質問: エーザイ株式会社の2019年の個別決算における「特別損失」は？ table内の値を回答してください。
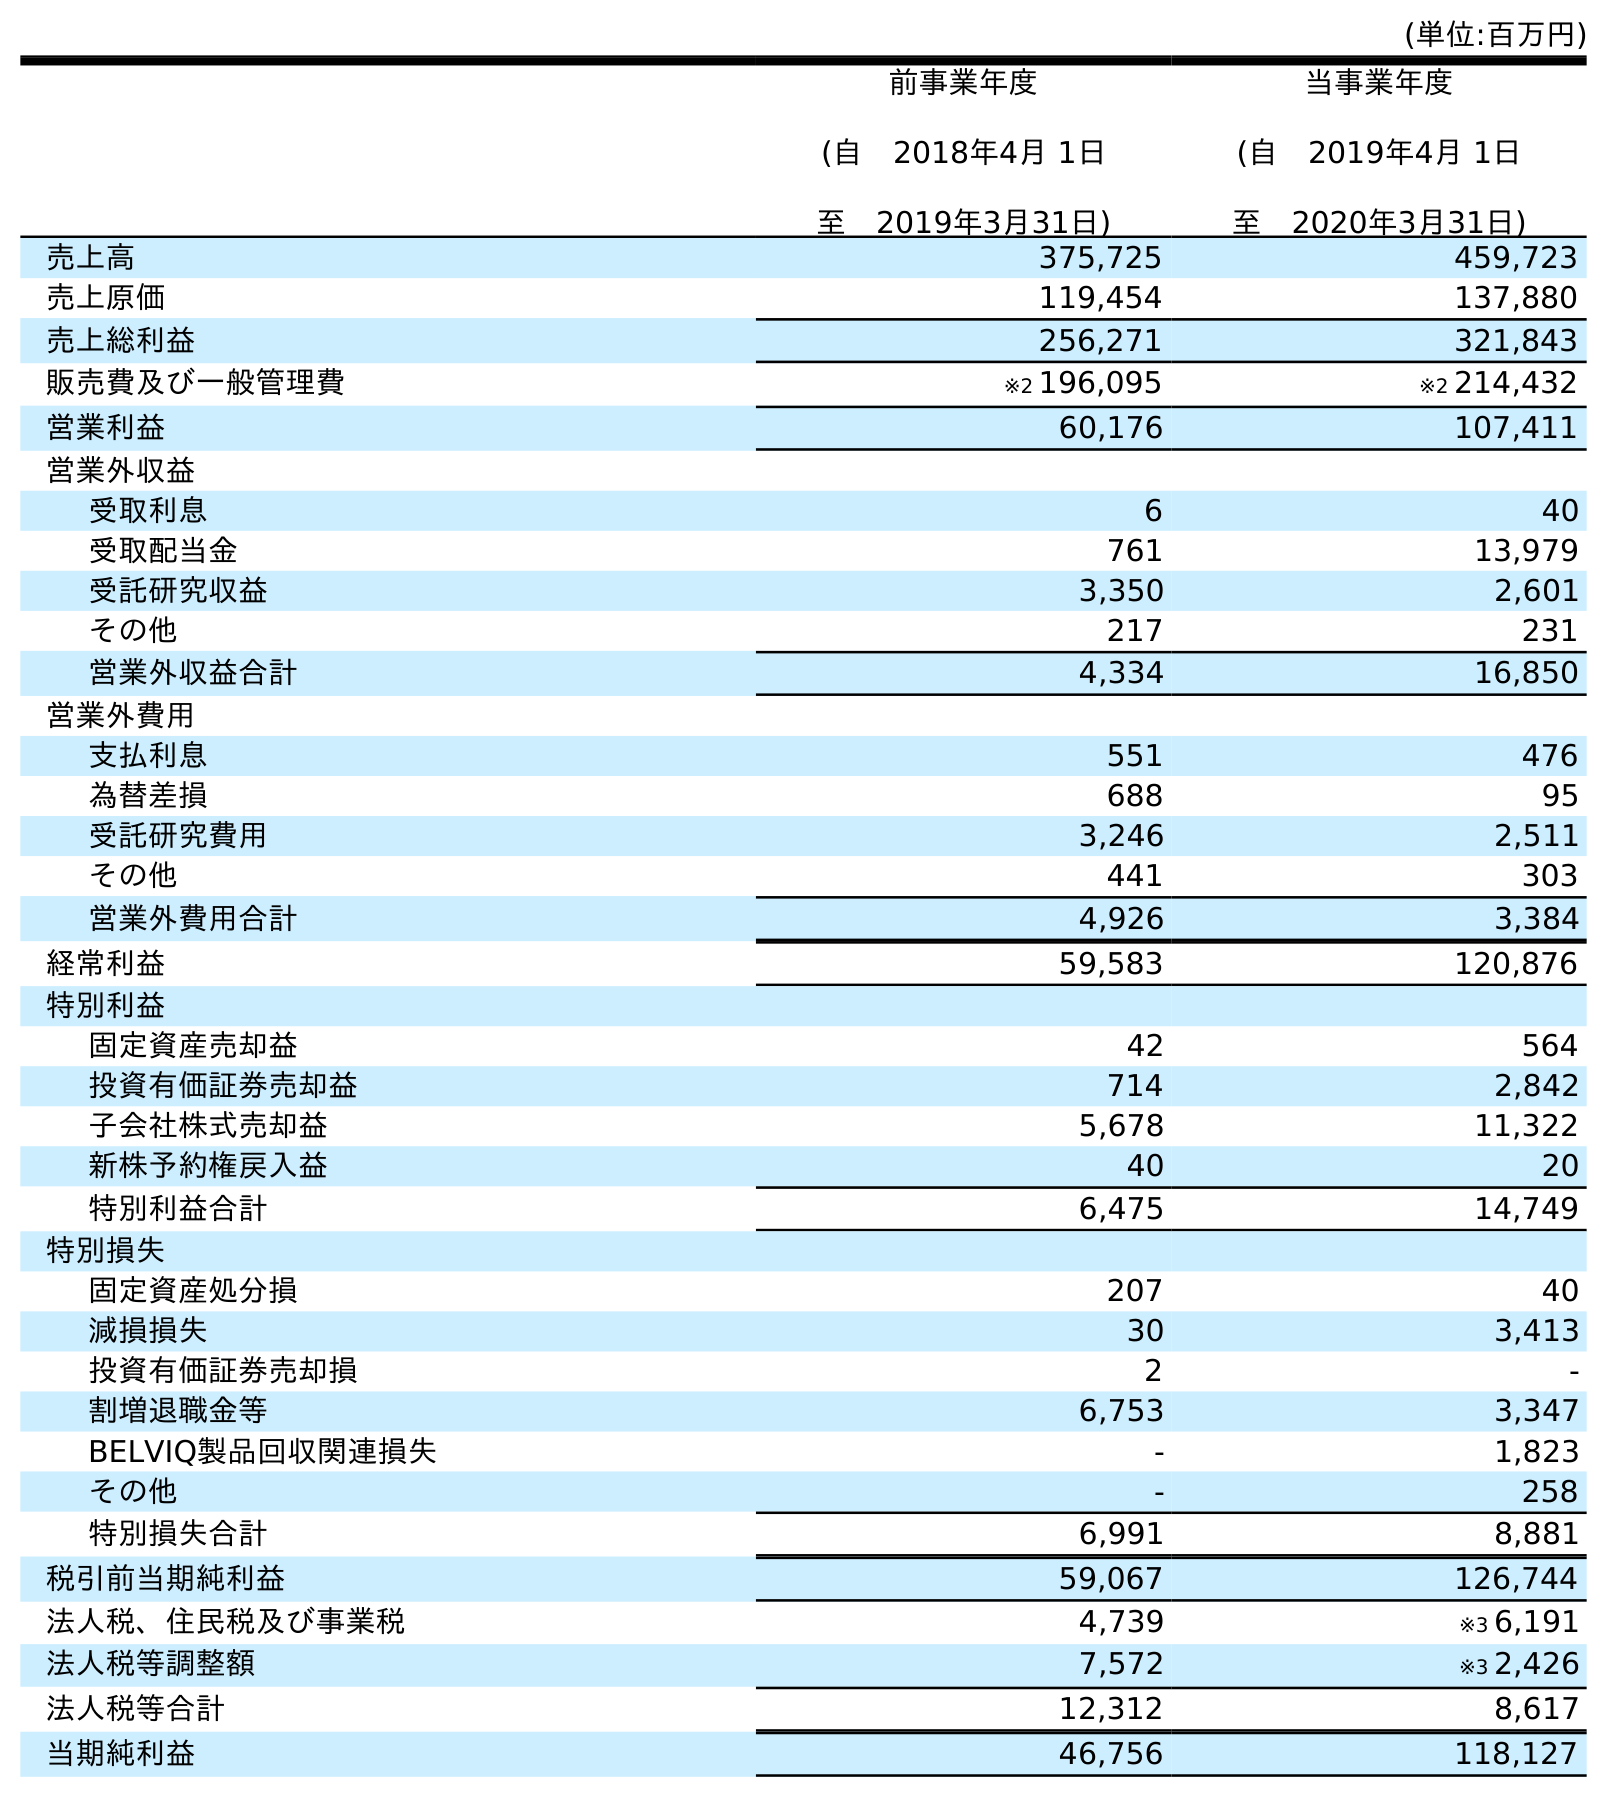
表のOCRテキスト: (単位:百万円) 前事業年度 (自 2018年4月 1日 至 2019年3月31日) 当事業年度 (自 2019年4月 1日 至 2020年3月31日) 売上高 375,725 459,723 売上原価 119,454 137,880 売上総利益 256,271 321,843 販売費及び一般管理費 ※2 196,095 ※2 214,432 営業利益 60,176 107,411 営業外収益 受取利息 6 40 受取配当金 761 13,979 受託研究収益 3,350 2,601 その他 217 231 営業外収益合計 4,334 16,850 営業外費用 支払利息 551 476 為替差損 688 95 受託研究費用 3,246 2,511 その他 441 303 営業外費用合計 4,926 3,384 経常利益 59,583 120,876 特別利益 固定資産売却益 42 564 投資有価証券売却益 714 2,842 子会社株式売却益 5,678 11,322 新株予約権戻入益 40 20 特別利益合計 6,475 14,749 特別損失 固定資産処分損 207 40 減損損失 30 3,413 投資有価証券売却損 2 - 割増退職金等 6,753 3,347 BELVIQ製品回収関連損失 - 1,823 その他 - 258 特別損失合計 6,991 8,881 税引前当期純利益 59,067 126,744 法人税、住民税及び事業税 4,739 ※3 6,191 法人税等調整額 7,572 ※3 2,426 法人税等合計 12,312 8,617 当期純利益 46,756 118,127
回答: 6,991